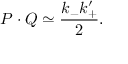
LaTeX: P \cdot Q \simeq \frac { k _ { - } k _ { + } ^ { \prime } } { 2 } .